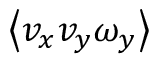
\left\langle v _ { x } v _ { y } \omega _ { y } \right\rangle